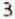
3